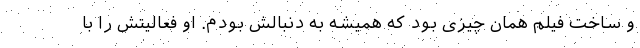
و ساخت فیلم همان چیزی بود که همیشه به دنبالش بودم. او فعالیتش را با